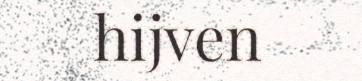
hijven